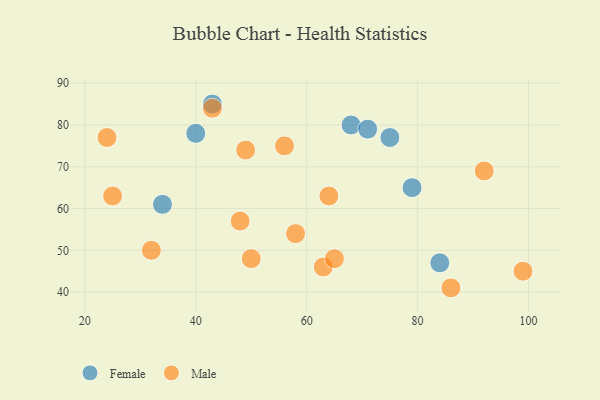
{"axis": {"x": "GDP", "y": "Life Expectancy"}, "legend": ["Female", "Male"], "data": [{"x": "43", "y": 85, "type": "Female"}, {"x": "84", "y": 47, "type": "Female"}, {"x": "68", "y": 80, "type": "Female"}, {"x": "79", "y": 65, "type": "Female"}, {"x": "75", "y": 77, "type": "Female"}, {"x": "34", "y": 61, "type": "Female"}, {"x": "40", "y": 78, "type": "Female"}, {"x": "71", "y": 79, "type": "Female"}, {"x": "43", "y": 84, "type": "Male"}, {"x": "32", "y": 50, "type": "Male"}, {"x": "25", "y": 63, "type": "Male"}, {"x": "63", "y": 46, "type": "Male"}, {"x": "56", "y": 75, "type": "Male"}, {"x": "99", "y": 45, "type": "Male"}, {"x": "65", "y": 48, "type": "Male"}, {"x": "92", "y": 69, "type": "Male"}, {"x": "50", "y": 48, "type": "Male"}, {"x": "48", "y": 57, "type": "Male"}, {"x": "58", "y": 54, "type": "Male"}, {"x": "64", "y": 63, "type": "Male"}, {"x": "24", "y": 77, "type": "Male"}, {"x": "86", "y": 41, "type": "Male"}, {"x": "49", "y": 74, "type": "Male"}]}